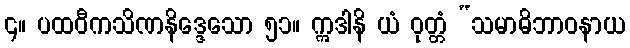
၄။ ပထဝီကသိဏနိဒ္ဒေသော ၅၁။ ဣဒါနိ ယံ ဝုတ္တံ “သမာဓိဘာဝနာယ